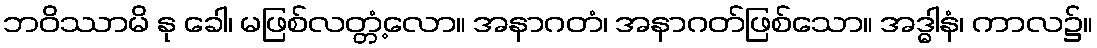
ဘဝိဿာမိ နု ခေါ၊ မဖြစ်လတ္တံ့လော။ အနာဂတံ၊ အနာဂတ်ဖြစ်သော။ အဒ္ဓါနံ၊ ကာလ၌။